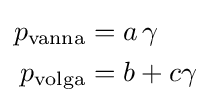
{\begin{aligned}p_{\rm {vanna}}&=a\,\gamma \\p_{\rm {volga}}&=b+c\gamma \end{aligned}}